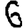
Digit: 6